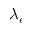
\lambda _ { e }